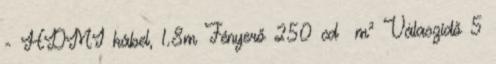
- HDMI kábel, 1.8m Fényerő 250 cd m² Válaszidő 5